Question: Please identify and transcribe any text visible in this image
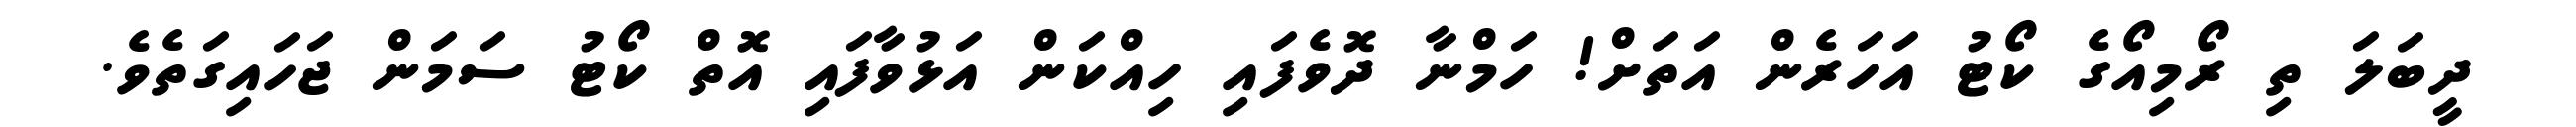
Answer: ދީބަލަ ތި ރޯމިއޯގެ ކޯޓު އަހަރެން އަތަށް! ހަމްނާ ދޮވެފައި ހިއްކަން އަޅުވާފައި އޮތް ކޯޓު ސަމަން ޖަހައިގަތެވެ.